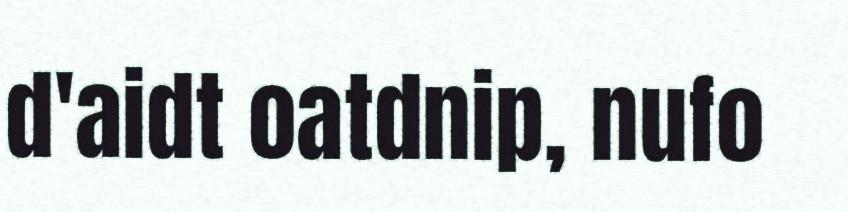
d'aidt oatdnip, nufo